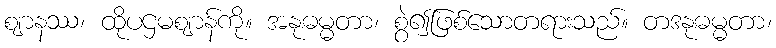
ဈာနဿ၊ ထိုပဌမဈာန်ကို။ အနုဓမ္မတာ၊ စွဲ၍ဖြစ်သောတရားသည်။ တဒနုဓမ္မတာ၊